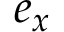
\boldsymbol { e _ { x } }